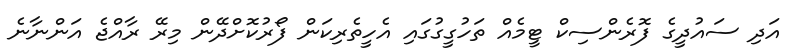
އަދި ސައުދީގެ ފޮރެންސިކް ޓީމެއް ތަހުގީގުގައި އެހީތެރިކަން ފޯރުކޮށްދޭން މިރޭ ރާއްޖެ އަންނާނެ